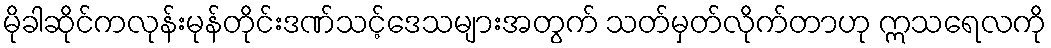
မိုခါဆိုင်ကလုန်းမုန်တိုင်းဒဏ်သင့်ဒေသများအတွက် သတ်မှတ်လိုက်တာဟု ဣသရေလကို